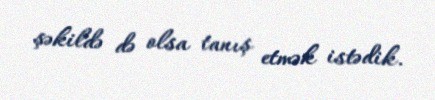
şəkildə də olsa tanış etmək istədik.